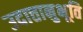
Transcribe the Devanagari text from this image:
उदात्तानुभूति